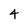
Character: 4